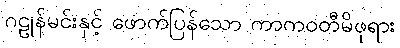
ဂဠုန်မင်းနှင့် ဖောက်ပြန်သော ကာကဝတီမိဖုရား